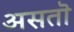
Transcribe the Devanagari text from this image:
असतॊ